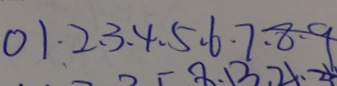
0 1 , 2 , 3 , 4 , 5 , 6 , 7 , 8 , 9